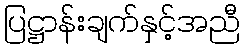
ပြဋ္ဌာန်းချက်နှင့်အညီ